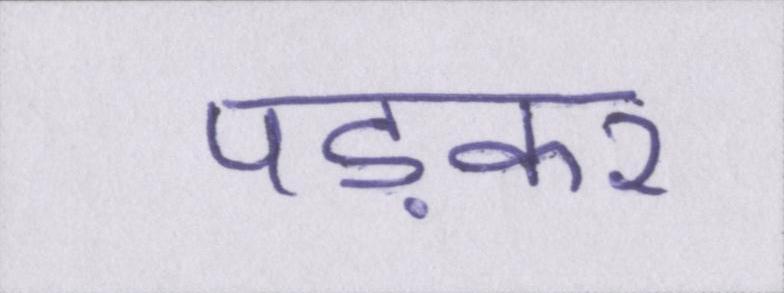
पड़कर